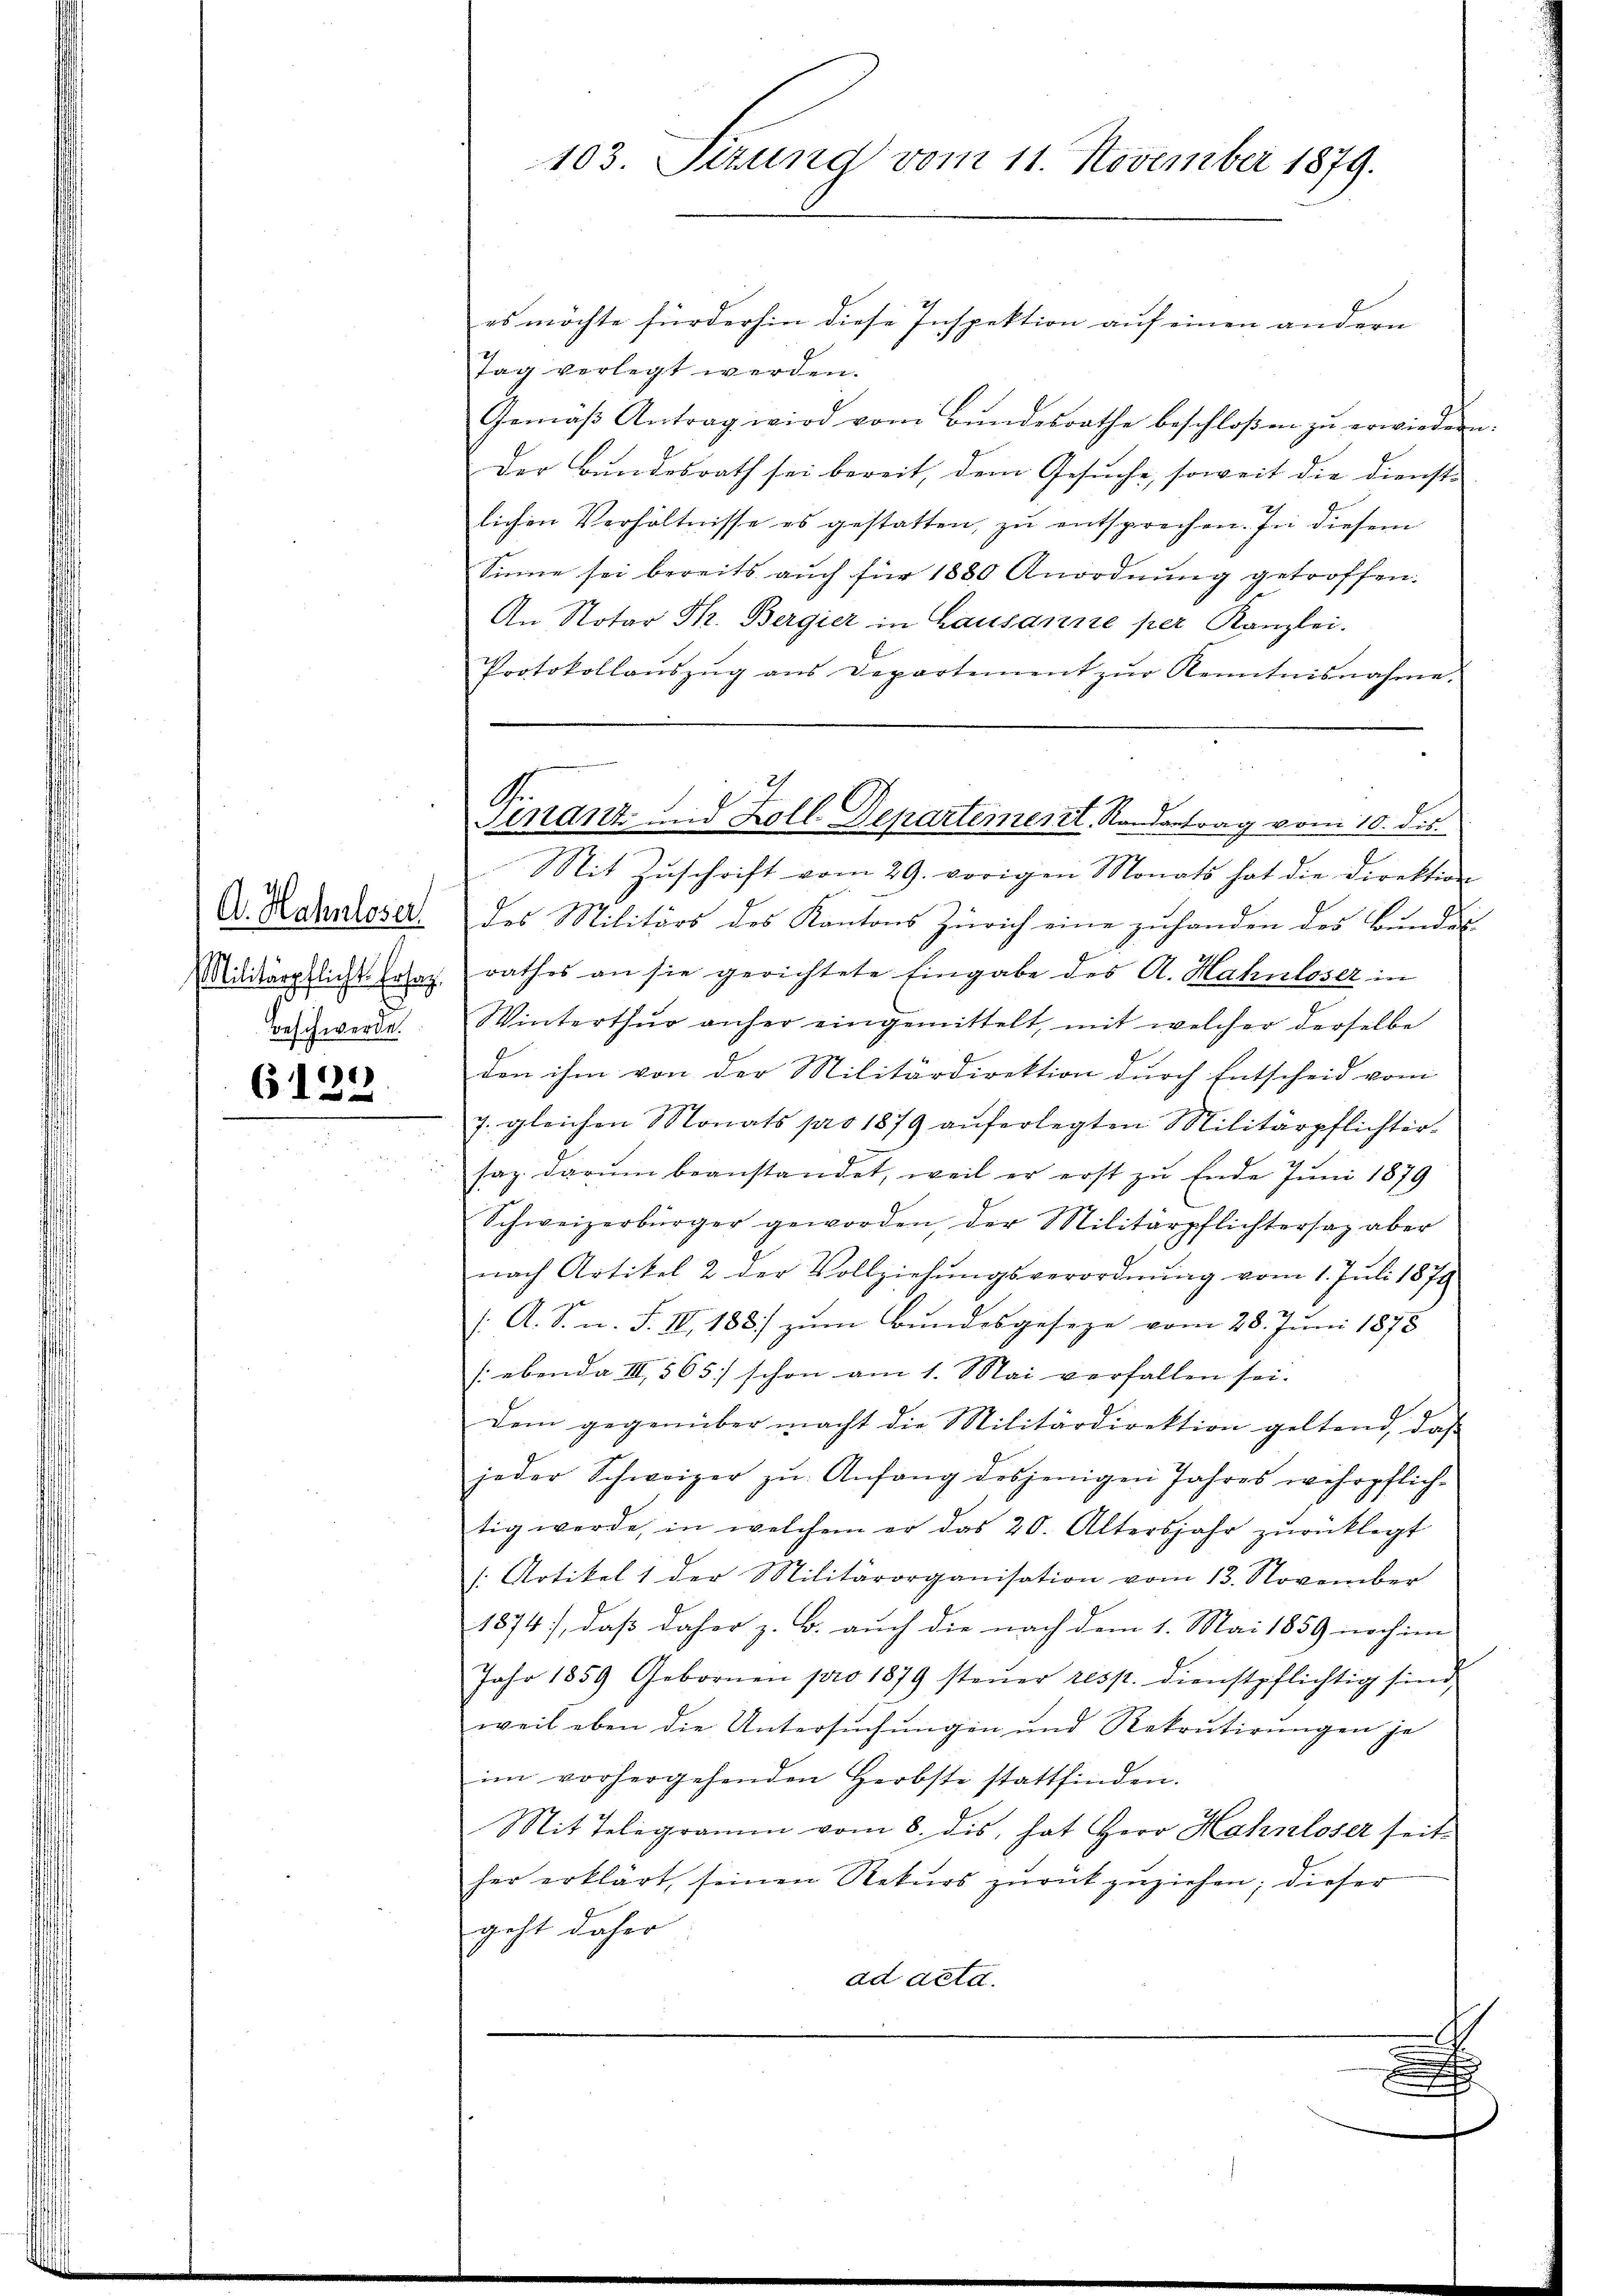
A. Hahnloser
Militärpflicht. Ersah.
Beschwerde.

6122

103. Sizung vom 11. November 1879.

G.
enant und Zoll-Departement. Kontrag vom 10. ds.

es möchte fürderhin diese Inspektion auf einen andern
Tag verlegt werden.
Gemäβ Antrag wird vom Bŭndesrathe beschloßen zŭ erwiedern.
Der Bundesrath sei bereit, dem Gesuche, soweit die Dienst-
lichen Verhältnisse es gestatten, zu entsprechen. In diesem
Sinne sei bereits auch für 1880 Anordnŭng getroffen.
An Notar Dr. Bergier in Lausanne per Kanzlei.
Protokollaŭszŭg ans Departement zŭr Kenntnisnahme.
Mit Zuschrift vom 29. vorigen Monats hat die Direktion
des Militärs des Kantons Zürich eine zuhanden des Bundes-
rathes an sie gerichtete Eingabe des A. Hahnloser in
Winterthur anher eingemittelt, mit welcher derselbe
den ihm von der Militärdirektion durch Entscheid vom
7. gleichen Monats pro 1879 aŭferlegten Militärpflichter-
saz darŭm beanstandet, weil er erst zu Ende Juni 1879
Schweizerbürger geworden, der Militärpflichtersaz aber
nach Artikel 2 der Vollziehŭngsverordnŭng vom 1. Juli 1876
[: A. S. n. F. IV, 188) zum Bundesgeseze vom 28. Juni 1875
s ebenda III 565) schon am 1. Mai verfallen sei.
Dem gegenüber macht die Militärdirektion geltend, daß
jeder Schweizer zu Anfang desjenigen Jahres wehrpflich-
tig werde, in welchem er das 20. Altersjahr zŭrücklegt
1. Artikel 1 der Militärorganisation vom 13. November
1874), daß daher z. B. auch die nach dem 1. Mai 1859 noch im
Jahr 1859 Gebornen pro 1879 steuer resst. Dienstpflichtig sind,
weil eben die Untersuchungen und Rekrutirungen je
im vorhergehenden Herbste stattfinden.
Mit Telegramm vom 8. dis, hat Herr Hahnloser seither erklärt, seinen Rekurs zurückzuziehen; dieser
geht daher
ad acta.
e
c
x